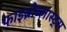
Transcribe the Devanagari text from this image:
फाइब्रोब्लास्ट्स